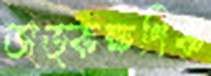
তাত্কক্ষণিক